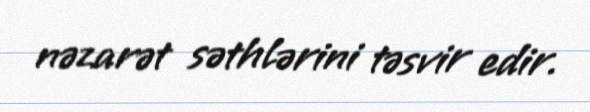
nəzarət səthlərini təsvir edir.